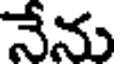
నేను